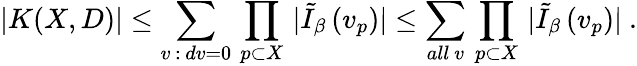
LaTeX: \left.|K(X,D)|\leq\sum_{v\, :\, dv=0}\, \prod_{p\subset X}\, |\tilde{I}_{\beta}\, (v_{p})|\leq\sum_{all\ v}\, \prod_{p\subset X}\, |\tilde{I}_{\beta}\, (v_{p})|\right.\ .